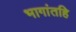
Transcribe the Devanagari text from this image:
भागांतहि